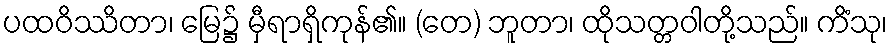
ပထဝိဿိတာ၊ မြေ၌ မှီရာရှိကုန်၏။ (တေ) ဘူတာ၊ ထိုသတ္တဝါတို့သည်။ ကိံသု၊